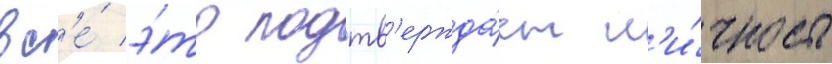
вс'е́ э́то подтв'ержда́ет л'и́чность